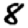
Digit: 8